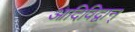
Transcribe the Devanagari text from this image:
आदिविद्वान्‌